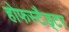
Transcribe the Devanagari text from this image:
होफस्टैड्टर